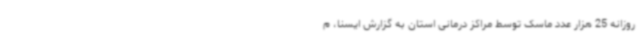
روزانه 25 هزار عدد ماسک توسط مراکز درمانی استان به گزارش ایسنا، م